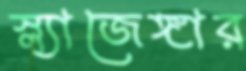
স্ল্যাজেঙ্গার